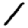
Digit: 1